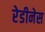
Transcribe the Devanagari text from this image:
रेडीनेस